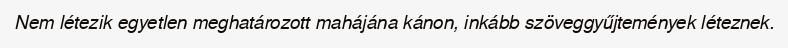
Nem létezik egyetlen meghatározott mahájána kánon, inkább szöveggyűjtemények léteznek.